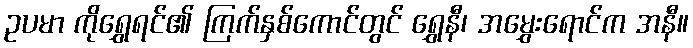
ဥပမာ ကိုရွှေရင်၏ ကြက်နှစ်ကောင်တွင် ရွှေနီ၊ အမွှေးရောင်က အနီ။